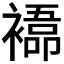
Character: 𮖰